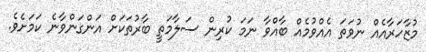
މުޒާހަރާއެއް ނުވަތަ އެއްވުމެއް ބާއްވާ ނަމަ ކުރިން ސަލާމަތީ ބާރުތަކަށް އަންގަންވާނެ ކަމަށެވެ.